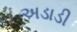
અડાડી